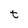
Character: t